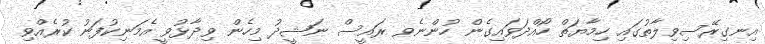
އިނގިރޭސިވިލާތުގައި ހިމާޔަތް ހޯއްދަވައިގެން ހުންނެވ ރައީސް ނަޝީދު މިހެން ވިދާޅުވީ އެމަނިކުފަނު ކުރެއްވި